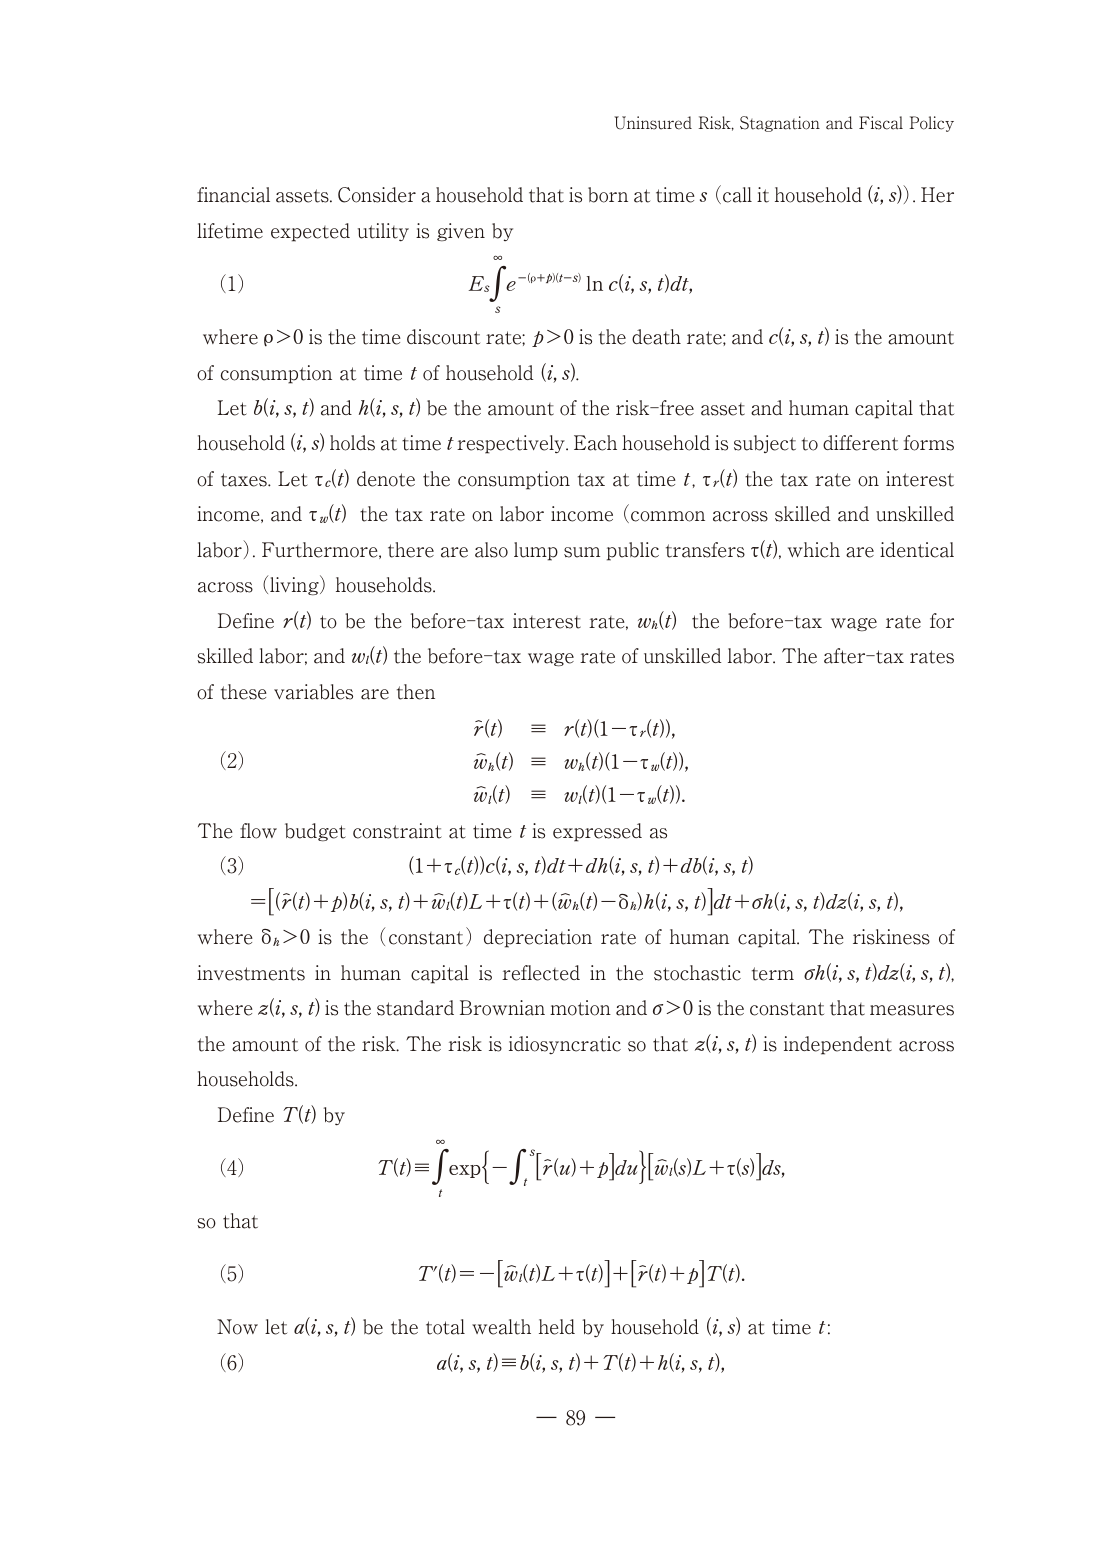
Uninsured Risk, Stagnation and Fiscal Policy

financial assets. Consider a household that is born at time s (call it household (i, s)). Her lifetime expected utility is given by

(1)
E_s ∫_s^∞ e^{-(ρ+β)(t-s)} ln c(i, s, t) dt,

where ρ>0 is the time discount rate; β>0 is the death rate; and c(i, s, t) is the amount of consumption at time t of household (i, s).

Let b(i, s, t) and h(i, s, t) be the amount of the risk-free asset and human capital that household (i, s) holds at time t respectively. Each household is subject to different forms of taxes. Let τ_c(t) denote the consumption tax at time t, τ_r(t) the tax rate on interest income, and τ_w(t) the tax rate on labor income (common across skilled and unskilled labor). Furthermore, there are also lump sum public transfers τ(t), which are identical across (living) households.

Define r(t) to be the before-tax interest rate, w_h(t) the before-tax wage rate for skilled labor; and w_l(t) the before-tax wage rate of unskilled labor. The after-tax rates of these variables are then

(2)
r̃(t) ≡ r(t)(1 - τ_r(t)),
w̃_h(t) ≡ w_h(t)(1 - τ_w(t)),
w̃_l(t) ≡ w_l(t)(1 - τ_w(t)).

The flow budget constraint at time t is expressed as

(3)
(1 + τ_c(t))c(i, s, t)dt + dh(i, s, t) + db(i, s, t)
= [ (r̃(t) + β)b(i, s, t) + w̃_l(t)L + τ(t) + (w̃_h(t) - δ_h)h(i, s, t) ] dt + σh(i, s, t)dz(i, s, t),

where δ_h>0 is the (constant) depreciation rate of human capital. The riskiness of investments in human capital is reflected in the stochastic term σh(i, s, t)dz(i, s, t), where z(i, s, t) is the standard Brownian motion and σ>0 is the constant that measures the amount of the risk. The risk is idiosyncratic so that z(i, s, t) is independent across households.

Define T(t) by

(4)
T(t) ≡ ∫_t^∞ exp{ -∫_t^s [r̃(u) + β] du } [w̃_l(s)L + τ(s)] ds,

so that

(5)
T'(t) = -[w̃_l(t)L + τ(t)] + [r̃(t) + β]T(t).

Now let a(i, s, t) be the total wealth held by household (i, s) at time t:

(6)
a(i, s, t) ≡ b(i, s, t) + T(t) + h(i, s, t),

— 89 —